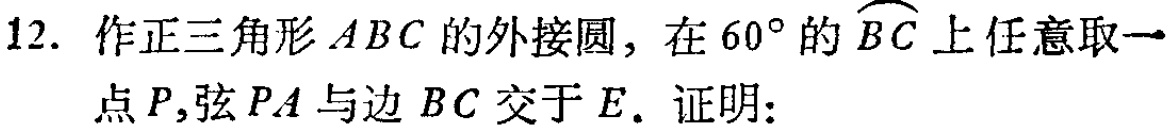
12. 作正三角形 \(ABC\) 的外接圆，在 \(60^{\circ}\) 的 \(\overset{\frown}{BC}\) 上任意取一点 \(P\)，弦 \(PA\) 与边 \(BC\) 交于 \(E\). 证明：